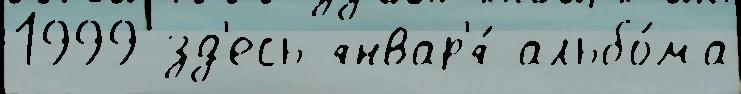
1999 зд'есь январ'я́ альбо́ма